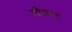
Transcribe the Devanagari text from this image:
रब्बीअवल